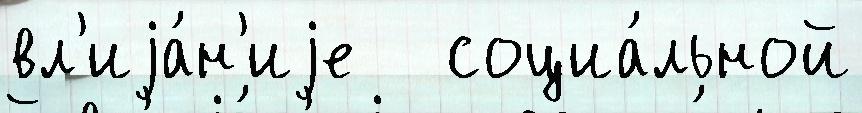
вл'иjа́н'иjе   социа́льной